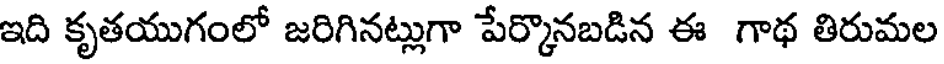
ఇది కృతయుగంలో జరిగినట్లుగా పేర్కొనబడిన ఈ గాథ తిరుమల